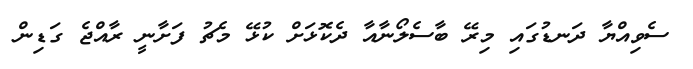
ސެވިއްޔާ ދަނޑުގައި މިރޭ ބާސެލޯނާއާ ދެކޮޅަށް ކުޅޭ މެޗު ފަށާނީ ރާއްޖެ ގަޑިން